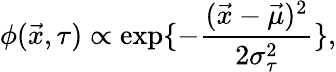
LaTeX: \phi(\vec{x},\tau)\propto\exp\{ -\frac{(\vec{x}-\vec{\mu})^{2}}{2\sigma_{\tau}^{2}}\} ,